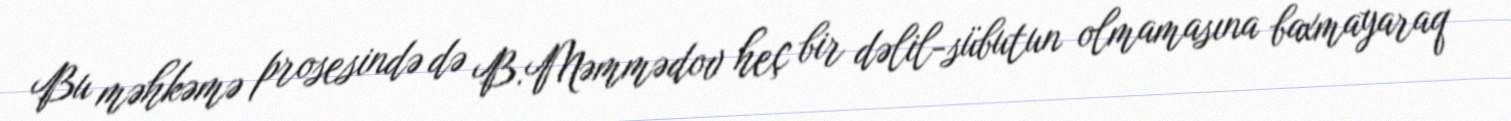
Bu məhkəmə prosesində də B.Məmmədov heç bir dəlil-sübutun olmamasına baxmayaraq